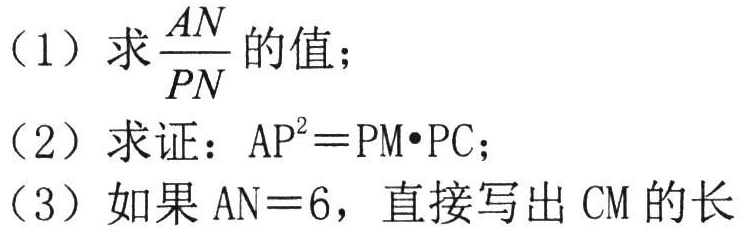
（1）求\(\frac{AN}{PN}\)的值；
（2）求证：\(AP^{2}=PM\cdot PC\)；
（3）如果 \(AN = 6\)，直接写出 \(CM\) 的长